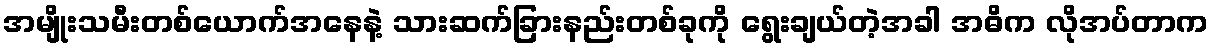
အမျိုးသမီးတစ်ယောက်အနေနဲ့ သားဆက်ခြားနည်းတစ်ခုကို ရွေးချယ်တဲ့အခါ အဓိက လိုအပ်တာက